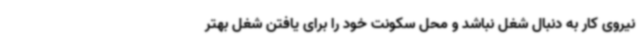
نیروی کار به دنبال شغل نباشد و محل سکونت خود را برای یافتن شغل بهتر